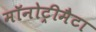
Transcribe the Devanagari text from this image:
मॉनोट्रीमैटा